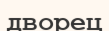
дворец